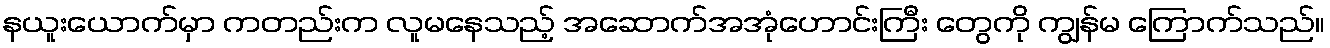
နယူးယောက်မှာ ကတည်းက လူမနေသည့် အဆောက်အအုံဟောင်းကြီး တွေကို ကျွန်မ ကြောက်သည်။